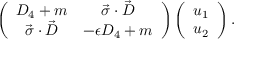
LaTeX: \left( \begin{array} { c c } { { D _ { 4 } + m } } & { { \vec { \sigma } \cdot \vec { D } } } \\ { { \vec { \sigma } \cdot \vec { D } } } & { { - \epsilon D _ { 4 } + m } } \end{array} \right) \left( \begin{array} { c } { { u _ { 1 } } } \\ { { u _ { 2 } } } \end{array} \right) .